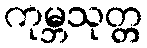
ကုမ္ဘသုတ္တ